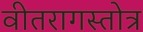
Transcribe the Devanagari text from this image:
वीतरागस्तोत्र